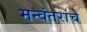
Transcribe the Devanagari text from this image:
मन्वंतरांचे